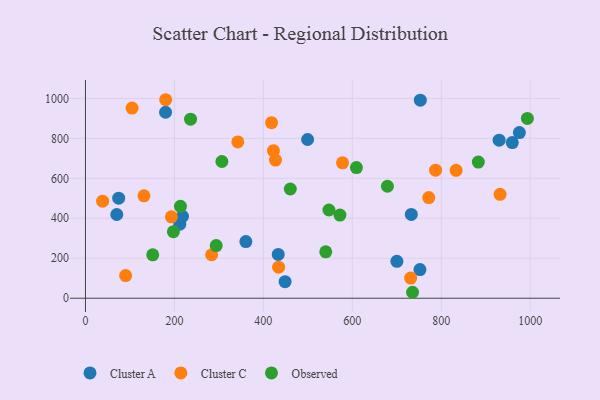
{"axis": {"x": "Ad Spend", "y": "Sales"}, "legend": ["Cluster A", "Cluster C", "Observed"], "data": [{"x": "732.7", "y": 419.2, "type": "Cluster A"}, {"x": "959.8", "y": 778.9, "type": "Cluster A"}, {"x": "752.1", "y": 143.4, "type": "Cluster A"}, {"x": "433.5", "y": 219.1, "type": "Cluster A"}, {"x": "74.7", "y": 500.6, "type": "Cluster A"}, {"x": "360.7", "y": 283.6, "type": "Cluster A"}, {"x": "448.9", "y": 82.9, "type": "Cluster A"}, {"x": "70.4", "y": 418.9, "type": "Cluster A"}, {"x": "180.1", "y": 930.6, "type": "Cluster A"}, {"x": "212.1", "y": 370.3, "type": "Cluster A"}, {"x": "975.7", "y": 828.6, "type": "Cluster A"}, {"x": "930.2", "y": 790.6, "type": "Cluster A"}, {"x": "700.3", "y": 184.8, "type": "Cluster A"}, {"x": "753.0", "y": 990.7, "type": "Cluster A"}, {"x": "218.2", "y": 409.8, "type": "Cluster A"}, {"x": "499.5", "y": 794.3, "type": "Cluster A"}, {"x": "771.9", "y": 503.8, "type": "Cluster C"}, {"x": "418.5", "y": 878.4, "type": "Cluster C"}, {"x": "578.0", "y": 677.4, "type": "Cluster C"}, {"x": "787.3", "y": 640.5, "type": "Cluster C"}, {"x": "180.4", "y": 993.2, "type": "Cluster C"}, {"x": "193.2", "y": 407.3, "type": "Cluster C"}, {"x": "731.2", "y": 100.8, "type": "Cluster C"}, {"x": "283.7", "y": 217.5, "type": "Cluster C"}, {"x": "104.8", "y": 951.4, "type": "Cluster C"}, {"x": "38.6", "y": 485.4, "type": "Cluster C"}, {"x": "131.6", "y": 512.2, "type": "Cluster C"}, {"x": "342.6", "y": 782.2, "type": "Cluster C"}, {"x": "434.3", "y": 155.2, "type": "Cluster C"}, {"x": "932.3", "y": 519.7, "type": "Cluster C"}, {"x": "833.4", "y": 640.1, "type": "Cluster C"}, {"x": "90.3", "y": 113.4, "type": "Cluster C"}, {"x": "422.7", "y": 738.4, "type": "Cluster C"}, {"x": "427.3", "y": 691.2, "type": "Cluster C"}, {"x": "679.0", "y": 560.3, "type": "Observed"}, {"x": "236.3", "y": 895.8, "type": "Observed"}, {"x": "306.8", "y": 684.2, "type": "Observed"}, {"x": "883.4", "y": 681.3, "type": "Observed"}, {"x": "294.0", "y": 263.4, "type": "Observed"}, {"x": "460.6", "y": 546.4, "type": "Observed"}, {"x": "993.7", "y": 899.4, "type": "Observed"}, {"x": "609.3", "y": 653.7, "type": "Observed"}, {"x": "735.5", "y": 29.8, "type": "Observed"}, {"x": "197.8", "y": 332.9, "type": "Observed"}, {"x": "540.3", "y": 232.1, "type": "Observed"}, {"x": "572.2", "y": 415.9, "type": "Observed"}, {"x": "547.5", "y": 441.5, "type": "Observed"}, {"x": "213.6", "y": 459.6, "type": "Observed"}, {"x": "151.3", "y": 217.4, "type": "Observed"}]}